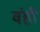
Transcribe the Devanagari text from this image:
वंही